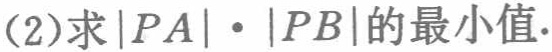
(2)求\(\vert PA\vert\cdot\vert PB\vert\)的最小值.